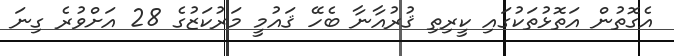
އެގޮތުން އަތޮޅުތަކުގައި ކީރިތި ޤުރުއާނާ ބެހޭ ޤައުމީ މަރުކަޒުގެ 28 އަށްވުރެ ގިނަ